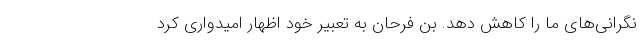
نگرانی‌های ما را کاهش دهد. بن فرحان به تعبیر خود اظهار امیدواری کرد